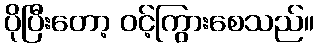
ပိုပြီးတော့ ဝင့်ကြွားစေသည်။